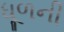
ધૂળની